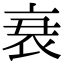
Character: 𮕩